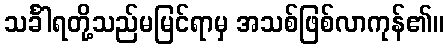
သင်္ခါရတို့သည်မမြင်ရာမှ အသစ်ဖြစ်လာကုန်၏။